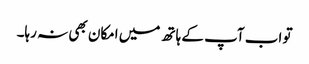
تو اب آپ کے ہاتھ میں امکان بھی نہ رہا۔